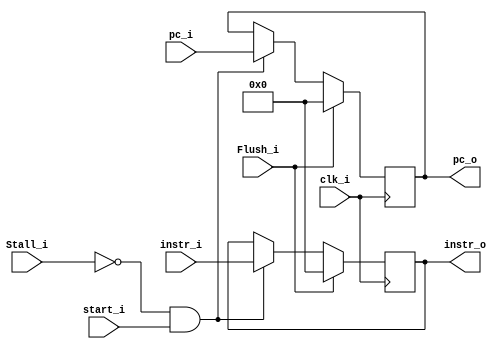
module IFID
(
    clk_i,
    start_i,

    Stall_i,
    Flush_i,
    pc_i,
    instr_i,

    pc_o,
    instr_o
);

// Ports
input               clk_i;
input               start_i;

input               Stall_i;
input               Flush_i;
input   [31:0]      pc_i;
input   [31:0]      instr_i;

output  [31:0]      pc_o;
output  [31:0]      instr_o;

reg     [31:0]      pc_o;
reg     [31:0]      instr_o;

always@(posedge clk_i) begin
    if(Flush_i) begin
        pc_o = 0;
        instr_o = 0;
    end
    else if(!Stall_i && start_i) begin
        pc_o = pc_i;
        instr_o = instr_i;
    end
end

endmodule